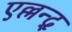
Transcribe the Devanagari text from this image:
एल्लन्द्